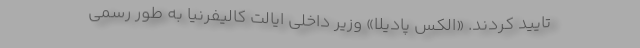
تایید کردند. «الکس پادیلا» وزیر داخلی ایالت کالیفرنیا به طور رسمی